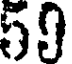
59